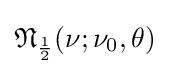
{\mathfrak {N}}_{\frac {1}{2}}(\nu ;\nu _{0},\theta )